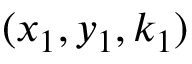
( x _ { 1 } , y _ { 1 } , k _ { 1 } )